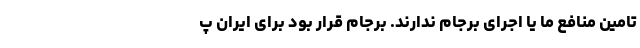
تامین منافع ما یا اجرای برجام ندارند. برجام قرار بود برای ایران پ